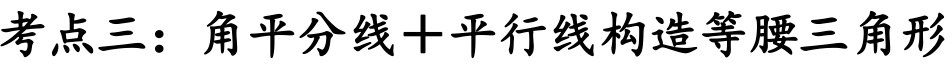
考点三：角平分线+平行线构造等腰三角形